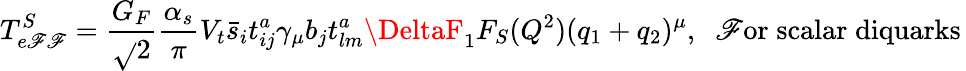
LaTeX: T_{e\mathscr{F}\mathscr{F}}^{S}={\frac{{G_{F}}}{{\sqrt{}{2}}}}{\frac{{\alpha_{s}}}{{\pi}}}V_{t}\bar{{s}}_{i}t_{ij}^{a}\gamma_{\mu}b_{j}t_{lm}^{a}\DeltaF_{1}F_{S}(Q^{2})(q_{1}+q_{2})^{\mu},\; \; \mathrm{{\mathscr{F}or\; scalar\; diquarks}}\,